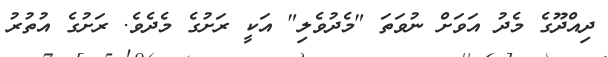
ދިއްދޫގެ މެދު އަވަށް ނުވަތަ "މެދުވެލި" އަކީ ރަށުގެ މެދެވެ. ރަށުގެ އުތުރު